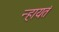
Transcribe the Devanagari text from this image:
न्हायतं